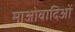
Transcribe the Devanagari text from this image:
माओवादिओं